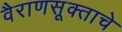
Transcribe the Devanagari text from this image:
वैराणसूक्ताचे